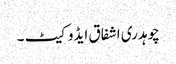
چوہدری اشفاق ایڈوکیٹ ۔